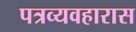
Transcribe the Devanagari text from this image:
पत्रव्यवहारास